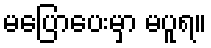
မပြောပေးမှာ မပူရ။